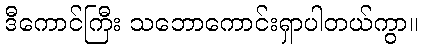
ဒီကောင်ကြီး သဘောကောင်းရှာပါတယ်ကွာ။